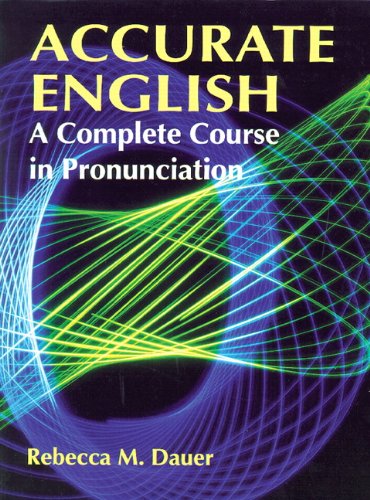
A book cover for Accurate English: A Complete Course in Pronunciation; Rebecca M. Dauer; Reference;